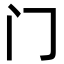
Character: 门